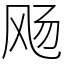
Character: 飏